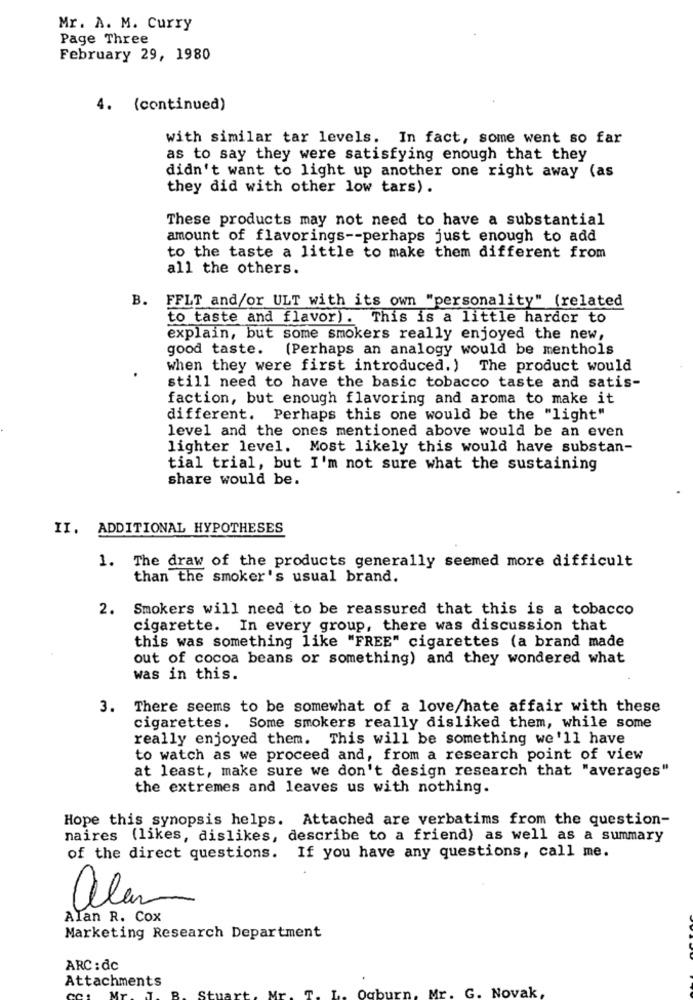
Mr. A. M. Curry
Page Three
February 29, 1980
4. (continued)
with similar tar levels. In fact, some went so far
as to say they were satisfying enough that they
didn't want to light up another one right away (as
they did with other low tars) .
These products may not need to have a substantial
amount of flavorings -- perhaps just enough to add
to the taste a little to make them different from
all the others.
B. FFLT and/or ULT with its own "personality" (related
to taste and flavor). This is a little harder to
explain, but some smokers really enjoyed the new,
good taste.
(Perhaps an analogy would be menthols
when they were first introduced. ) The product would
still need to have the basic tobacco taste and satis-
faction, but enough flavoring and aroma to make it
different. Perhaps this one would be the "light"
level and the ones mentioned above would be an even
lighter level. Most likely this would have substan-
tial trial, but I'm not sure what the sustaining
share would be.
II. ADDITIONAL HYPOTHESES
1. The draw of the products generally seemed more difficult
than the smoker's usual brand.
2.
Smokers will need to be reassured that this is a tobacco
cigarette. In every group, there was discussion that
this was something like "FREE" cigarettes (a brand made
out of cocoa beans or something) and they wondered what
was in this.
3. There seems to be somewhat of a love/hate affair with these
cigarettes. Some smokers really disliked them, while some
really enjoyed them. This will be something we'll have
to watch as we proceed and, from a research point of view
at least, make sure we don't design research that "averages"
the extremes and leaves us with nothing.
Hope this synopsis helps. Attached are verbatims from the question-
naires (likes, dislikes, describe to a friend) as well as a summary
of the direct questions. If you have any questions, call me.
alem
Alan R. Cox
Marketing Research Department
ARC : dc
Attachments
Oc
en.
Mr.
G. Novak,